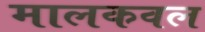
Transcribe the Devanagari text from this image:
मालकवल